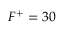
F ^ { + } = 3 0